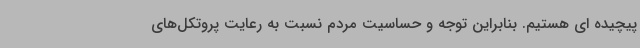
پیچیده ای هستیم. بنابراین توجه و حساسیت مردم نسبت به رعایت پروتکل‌های